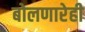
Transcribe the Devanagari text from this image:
बोलणारेही